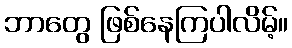
ဘာတွေ ဖြစ်နေကြပါလိမ့်။